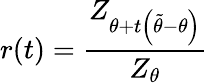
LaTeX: r(t)=\frac{Z_{\theta+t\left(\widetilde{\theta}-\theta\right)}}{Z_{\theta}}